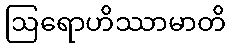
ဩရောဟိဿာမာတိ